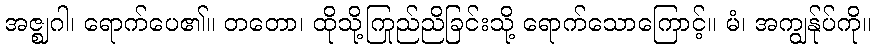
အဇ္ဈဂါ၊ ရောက်ပေ၏။ တတော၊ ထိုသို့ကြည်ညိုခြင်းသို့ ရောက်သောကြောင့်။ မံ၊ အကျွန်ုပ်ကို။